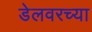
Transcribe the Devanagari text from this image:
डेलवरच्या